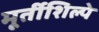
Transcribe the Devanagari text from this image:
मूर्तीशिल्पे